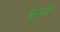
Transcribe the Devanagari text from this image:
ब्लार्नी